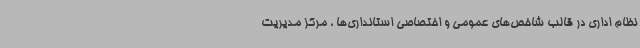
نظام اداری در قالب شاخص‌های عمومی و اختصاصی استانداری‌ها ، مرکز مدیریت